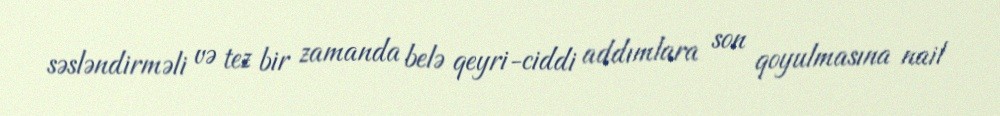
səsləndirməli və tez bir zamanda belə qeyri-ciddi addımlara son qoyulmasına nail